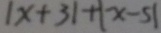
\vert x + 3 \vert + \vert x - 5 \vert